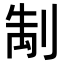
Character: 𭃭